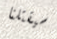
سيقتلنا